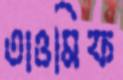
তাওমিফ